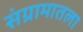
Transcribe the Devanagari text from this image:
संग्रामातला